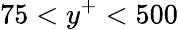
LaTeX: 75<y^{+}<500